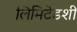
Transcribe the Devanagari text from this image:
लिमिटेडशी